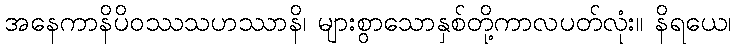
အနေကာနိပိဝဿသဟဿာနိ၊ များစွာသောနှစ်တို့ကာလပတ်လုံး။ နိရယေ၊